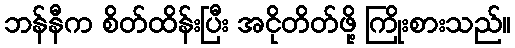
ဘန်နီက စိတ်ထိန်းပြီး အငိုတိတ်ဖို့ ကြိုးစားသည်။